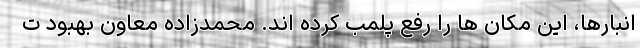
انبارها، این مکان ها را رفع پلمب کرده اند. محمدزاده معاون بهبود ت